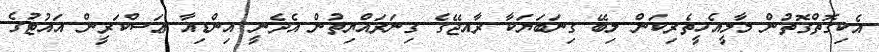
އެކިގޮތްގޮތުން މާލީއެހީތެރިކަން ލިބޭ ގިނަބަޔަކާ ރާއޖޭގެ ގިނަރައްޔިތުން އެދެނީ އިންޑިއާ ޢަސްކަރީން އައުޓުގެ